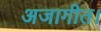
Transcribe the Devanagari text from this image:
अजागीत।